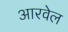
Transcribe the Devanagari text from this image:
आरवेल